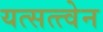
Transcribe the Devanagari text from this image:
यत्सत्त्वेन